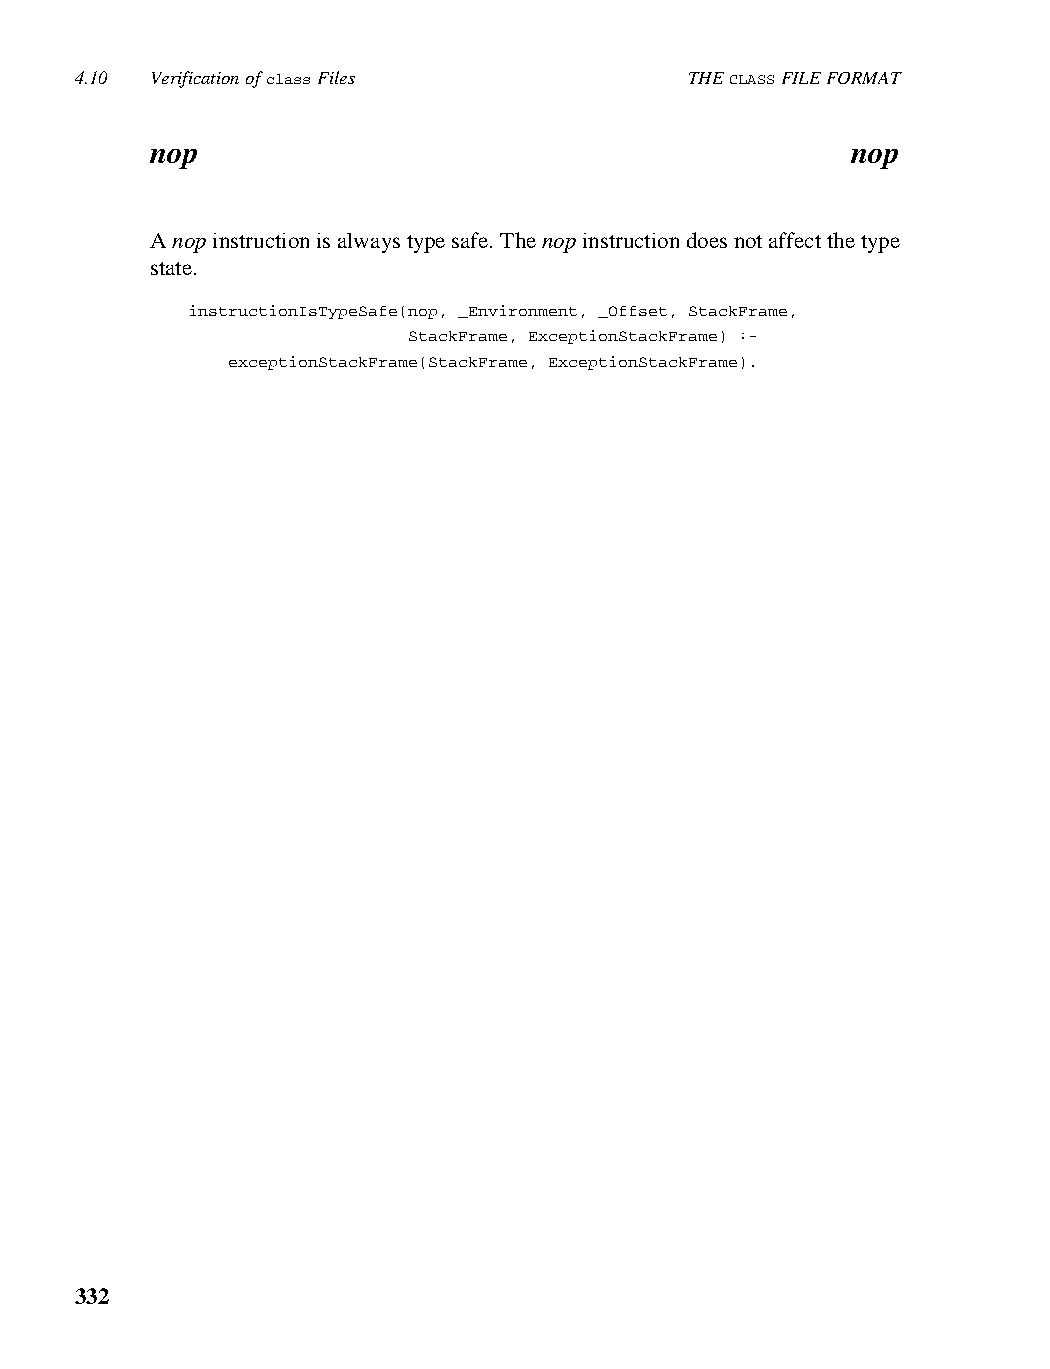
4.10 Verification of class Files         THE CLASS FILE FORMAT
 nop                                           nop
 A nop instruction is always type safe. The nop instruction does not affect the type
 state.
 instructionIsTypeSafe(nop, _Environment, _Offset, StackFrame,
 StackFrame, ExceptionStackFrame) :-
 exceptionStackFrame(StackFrame, ExceptionStackFrame).
 332